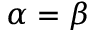
\alpha = \beta